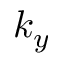
k _ { y }